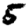
Digit: 5